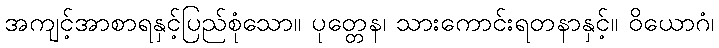
အကျင့်အာစာရနှင့်ပြည်စုံသော။ ပုတ္တေန၊ သားကောင်းရတနာနှင့်။ ဝိယောဂံ၊